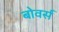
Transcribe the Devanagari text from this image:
बोवर्स